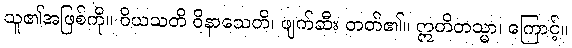
သူ၏အဖြစ်ကို။ ဝိယသတိ ဝိနာသေတိ၊ ဖျက်ဆီး တတ်၏။ ဣတိတသ္မာ၊ ကြောင့်။